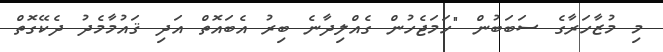
މި މުޒާހަރާގެ ސަބަބުން "ހަމަޖެހުން ގެއްލިދާނެ ބިރު އެބައޮތް އަދި ޤައުމާމެދު ދެކޭގޮތް